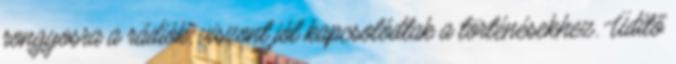
rongyosra a rádiók, viszont jól kapcsolódtak a történésekhez. Üdítő